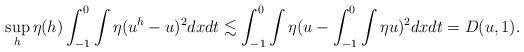
LaTeX: \begin{align*}\sup_{h}\eta(h)\int_{-1}^0\int\eta(u^h-u)^2dxdt\lesssim\int_{-1}^0\int\eta(u-\int_{-1}^0\int\eta u)^2dxdt=D(u,1).\end{align*}